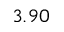
3 . 9 0